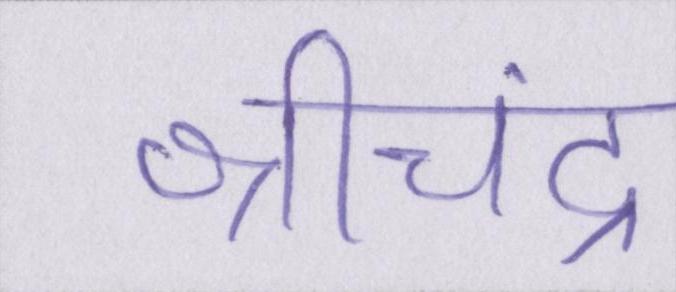
श्रीचंद्र